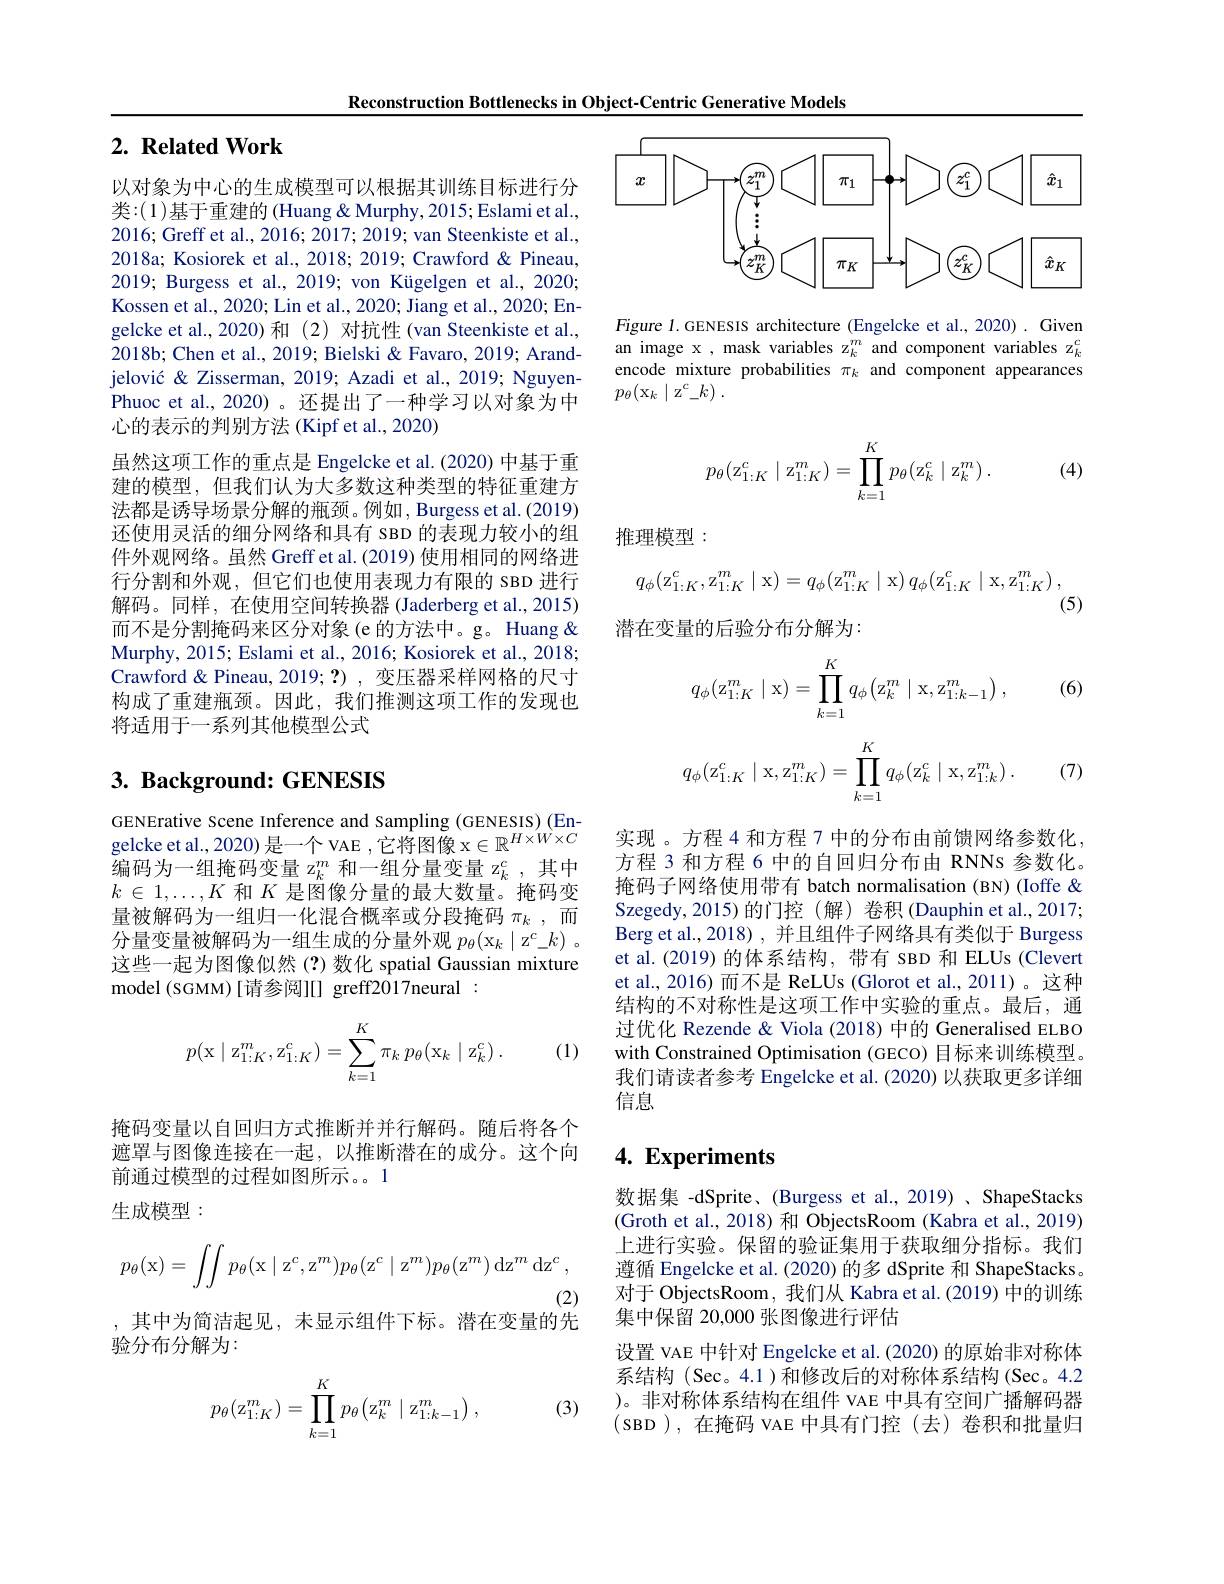
Reconstruction Bottlenecks in Object-Centric Generative Models

## $2. \textbf{ Related Work}$

以对象为中心的生成模型可以根据其训练目标进行分类：(1)基于重建的 (Huang & Murphy, 2015; Eslami et al., 2016; Greff et al., 2016; 2017; 2019; van Steenkiste et al., 2018a; Kosiorek et al., 2018; 2019; Crawford & Pineau, 2019; Burgess et al., 2019; von Kügelgen et al., 2020; Kossen et al., 2020; Lin et al., 2020; Jiang et al., 2020; Engelcke et al.,2020)和(2)对抗性(van Steenkiste et al., 2018b; Chen et al., 2019; Bielski & Favaro, 2019; Arandjelović & Zisserman, 2019; Azadi et al., 2019; NguyenPhuoc et al., 2020) 。还提出了一种学习以对象为中心的表示的判别方法 (Kipf et al., 2020)
虽然这项工作的重点是 Engelcke et al.(2020) 中基于重建的模型，但我们认为大多数这种类型的特征重建方法都是诱导场景分解的瓶颈。例如，Burgess et al. (2019) 还使用灵活的细分网络和具有 SBD 的表现力较小的组件外观网络。虽然 Greff et al. (2019) 使用相同的网络进行分割和外观，但它们也使用表现力有限的 sвD 进行解码。同样，在使用空间转换器 (Jaderberg et al.,2015) 而不是分割掩码来区分对象(e 的方法中。g。Huang & Murphy, 2015; Eslami et al., 2016; Kosiorek et al., 2018; Crawford & Pineau, 2019; ?) , 变压器采样网格的尺寸构成了重建瓶颈。因此，我们推测这项工作的发现也将适用于一系列其他模型公式

# 3. Background: GENESIS

GENErative Scene Inference and sampling (GENESIS) (EnGENEIative SCene Imerence anu Samping( UENESIS) ( LI- g) $\text{gelcke et al.,2020)是一个VAE ,它将图像 x\in\mathbb{R}}^{H\times W\times C}$ $\text{治而上 细齿而亦且}^{m\text{ 和 知 细 }}\text{ 细人目亦且}^{-\infty}c$ 编码为一组掩码变量 z$_k^m$和一组分量变量 z$_k^c$,其中$k\in1,\ldots,K$和$K$是图像分量的最大数量。掩码变量被解码为一组归一化混合概率或分段掩码$\pi_k$,而分量变量被解码为一组生成的分量外观$p_\theta(\mathrm{x}_k\mid\mathrm{z}^c\_k)$ 。这些一起为图像似然(?)数化 spatial Gaussian mixture model (SGMM) [请参阅][] greff2017neural :
$$p(\mathrm x\mid\mathrm z_{1:K}^m,\mathrm z_{1:K}^c)=\sum_{k=1}^K\pi_k\:p_\theta(\mathrm x_k\mid\mathrm z_k^c)\:.$$
(1)

掩码变量以自回归方式推断并并行解码。随后将各个遮罩与图像连接在一起，以推断潜在的成分。这个向前通过模型的过程如图所示。1
生成模型：
$$p_\theta(\mathrm x)=\int\int p_\theta(\mathrm x\mid\mathrm z^c,\mathrm z^m)p_\theta(\mathrm z^c\mid\mathrm z^m)p_\theta(\mathrm z^m)\:\mathrm d\mathrm z^m\:\mathrm d\mathrm z^c,$$
(2)
,其中为简洁起见，未显示组件下标。潜在变量的先

验分布分解为：

(3)
$$p_\theta(\mathrm z_{1:K}^m)=\prod\limits_{k=1}^Kp_\theta\big(\mathrm z_k^m\mid\mathrm z_{1:k-1}^m\big)\:,$$
<FigureHere>

Figure 1.GENESIS architecture (Engelcke et al., 2020) . Given an image x , mask variables z$_k^m$ and component variables z$_k^c$ encode mixture probabilities $\pi_k$ and component appearances $p_\theta ( \mathrm{x} _k\mid z^c\_ k)$ .
$$p_\theta(\mathrm z_{1:K}^c\mid\mathrm z_{1:K}^m)=\prod_{k=1}^Kp_\theta(\mathrm z_k^c\mid\mathrm z_k^m)\:.$$
(4)

推理模型：
$$q_{\phi}(\mathrm{z}_{1:K}^{c},\mathrm{z}_{1:K}^{m}\mid\mathrm{x})=q_{\phi}(\mathrm{z}_{1:K}^{m}\mid\mathrm{x})\:q_{\phi}(\mathrm{z}_{1:K}^{c}\mid\mathrm{x},\mathrm{z}_{1:K}^{m})\:,$$
(5)
潜在变量的后验分布分解为：

(6)
$$q_\phi(\mathrm z_{1:K}^m\mid\mathrm x)=\prod\limits_{k=1}^Kq_\phi\bigl(\mathrm z_k^m\mid\mathrm x,\mathrm z_{1:k-1}^m\bigr)\:,$$
$$q_\phi(\mathrm z_{1:K}^c\mid\mathrm x,\mathrm z_{1:K}^m)=\prod_{k=1}^Kq_\phi(\mathrm z_k^c\mid\mathrm x,\mathrm z_{1:k}^m)\:.$$
(7)

实现 。方程 4 和方程 7 中的分布由前馈网络参数化方程 3 和方程 6 中的自回归分布由 RNNs 参数化。掩码子网络使用带有 batch normalisation (BN) (Ioffe& Szegedy,2015)的门控(解) 卷积(Dauphin et al.,2017; Berg et al.,2018), 并且组件子网络具有类似于 Burgess et al.(2019)的体系结构，带有 SBD 和 ELUs (Clevert et al.,2016)而不是 ReLUs(Glorot et al.,2011)。这种结构的不对称性是这项工作中实验的重点。最后，通过优化 Rezende & Viola (2018) 中的 Generalised ELBO with Constrained Optimisation (GECO) 目标来训练模型。我们请读者参考 Engelcke et al. (2020) 以获取更多详细信息

# 4. Experiments

数据集 -dSprite、(Burgess et al., 2019)、ShapeStacks (Groth et al., 2018) 和 ObjectsRoom (Kabra et al., 2019) 上进行实验。保留的验证集用于获取细分指标。我们遵循 Engelcke et al. (2020) 的多 dSprite 和 ShapeStacks。对于 ObjectsRoom, 我们从 Kabra et al.(2019) 中的训练集中保留 20,000 张图像进行评估
设置 VAE 中针对 Engelcke et al. (2020) 的原始非对称体系结构(Sec。4.1)和修改后的对称体系结构(Sec。4.2 )。非对称体系结构在组件 VAE 中具有空间广播解码器(SBD),在掩码 VAE 中具有门控(去)卷积和批量归